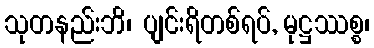
သုတနည်းဘိ၊ ပျင်းရိတစ်ရပ်, မုဋ္ဌဿစ္စ၊